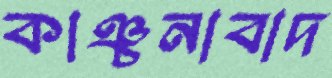
কাঞ্চনাবাদ